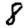
Digit: 8